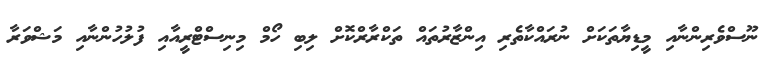
ނޫސްވެރިންނާއި މީޑިޔާތަކަށް ނުރައްކާތެރި އިންޒާރުތައް ތަކްރާރްކޮށް ލިބި ހޯމް މިނިސްޓްރީއާއި ފުލުހުންނާއި މަޝްވަރާ